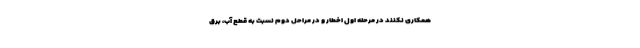
همکاری نکنند در مرحله اول اخطار و در مراحل دوم نسبت به قطع آب، برق